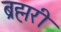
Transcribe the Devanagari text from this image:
ब्रह्मरी